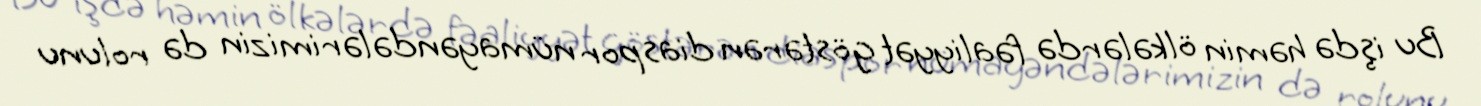
Bu işdə həmin ölkələrdə fəaliyyət göstərən diaspor nümayəndələrimizin də rolunu